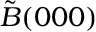
\tilde { B } ( 0 0 0 )